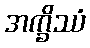
အက္ခိဿံ